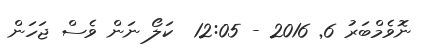
ނޮވެމްބަރު 6